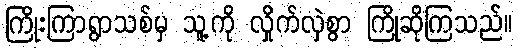
ကြိုးကြာရွာသစ်မှ သူ့ကို လှိုက်လှဲစွာ ကြိုဆိုကြသည်။